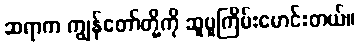
ဆရာက ကျွန်တော်တို့ကို ဆူပူကြိမ်းမောင်းတယ်။